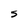
Character: S